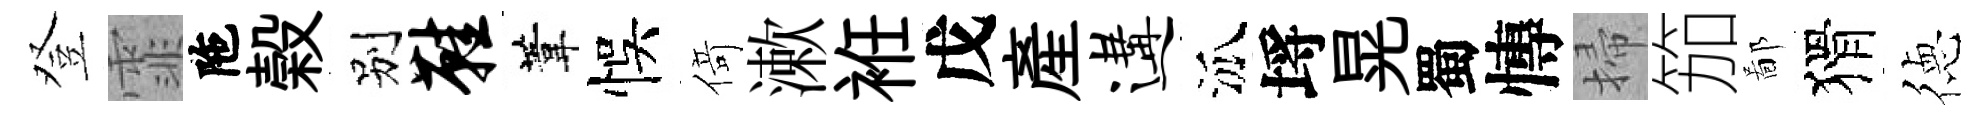
登霏陁榖别鞋葦悞𠋣漱袵戊産遘泒埓晃蜀慱掃笳鄙猾徳